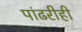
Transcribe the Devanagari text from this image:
पांढरीही